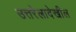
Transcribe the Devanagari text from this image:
उत्तरेलादेखील